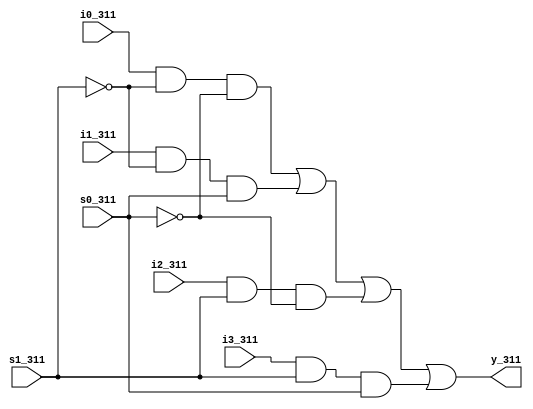
`timescale 1ns / 1ps
//////////////////////////////////////////////////////////////////////////////////
// Company: 
// Engineer: 
// 
// Design Name: 
// Module Name:    mux4x1_311 
// Project Name: 
// Target Devices: 
// Tool versions: 
// Description: 
//
// Dependencies: 
//
// Revision: 
// Revision 0.01 - File Created
// Additional Comments: 
//
//////////////////////////////////////////////////////////////////////////////////
module mux4x1_311(
    input i0_311,
    input i1_311,
    input i2_311,
    input i3_311,
    input s0_311,
    input s1_311,
    output y_311
    );
assign y_311=(((i0_311)&(~s1_311)&(~s0_311))
				 |((i1_311)&(~s1_311)&(s0_311))
				 |((i2_311)&(s1_311)&(~s0_311))
				 |((i3_311)&(s1_311)&(s0_311)));
endmodule